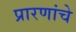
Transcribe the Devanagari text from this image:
प्रारणांचे